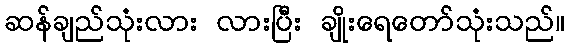
ဆန်ချည်သုံးလား လားပြီး ချိုးရေတော်သုံးသည်။